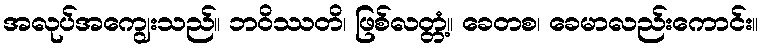
အလုပ်အကျွေးသည်။ ဘဝိဿတိ၊ ဖြစ်လတ္တံ့။ ခေတစ၊ ခေမာလည်းကောင်း။